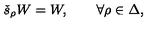
\check { s } _ { \rho } W = W , \qquad \forall \rho \in \Delta ,